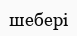
шебері